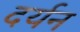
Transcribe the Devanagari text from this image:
दर्यन